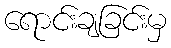
ရောင်းချခြင်းမှ